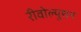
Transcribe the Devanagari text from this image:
रीवोल्युशन